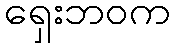
ရှေးဘဝက